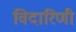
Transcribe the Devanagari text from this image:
विदारिणी